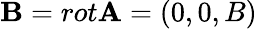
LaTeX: \mathbf{B}=rot\mathbf{A}=(0,0,B)